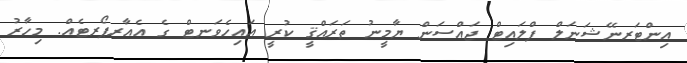
އިންޓަރނޭޝަނަލް ފްލައިޓް ޖައްސަން ޔާމީނު ތަރައްޤީ ކުރީ އައިހެވަނޓް ގެ އެއާރޕޯރޓެއް. މިހާރު